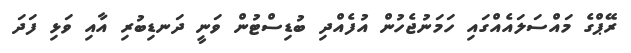
ރޭޕްގެ މައްސަލައެއްގައި ހަމަނުޖެހުން އުފެއްދި ބުޑިސްޓުން ވަނީ ދަނޑިބުރި އާއި ވަޅި ފަދަ